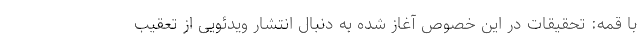
با قمه: تحقیقات در این خصوص آغاز شده به دنبال انتشار ویدئویی از تعقیب